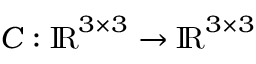
{ \boldsymbol { C } } : \mathrm { { I \! R } } ^ { 3 \times 3 } \rightarrow \mathrm { { I \! R } } ^ { 3 \times 3 }